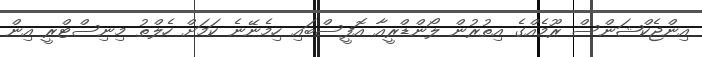
އިންޖެކްޝަންސް ރޫމެއްގެ އިތުރުން ލޯންޑްރީއާ އޮފީސްބައި ހިމެނޭނެ ކަމަށް ހެލްތު މިނިސްޓްރީ އިން